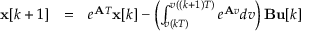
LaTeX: \begin{array} { l l l } { \mathbf { x } [ k + 1 ] } & { = } & { e ^ { \mathbf { A } T } \mathbf { x } [ k ] - \left( \int _ { v ( k T ) } ^ { v ( ( k + 1 ) T ) } e ^ { \mathbf { A } v } d v \right) \mathbf { B } \mathbf { u } [ k ] } \end{array}